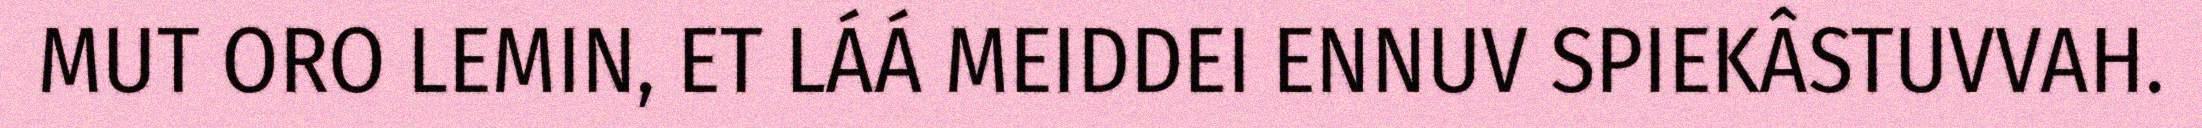
MUT ORO LEMIN, ET LÁÁ MEIDDEI ENNUV SPIEKÂSTUVVAH.